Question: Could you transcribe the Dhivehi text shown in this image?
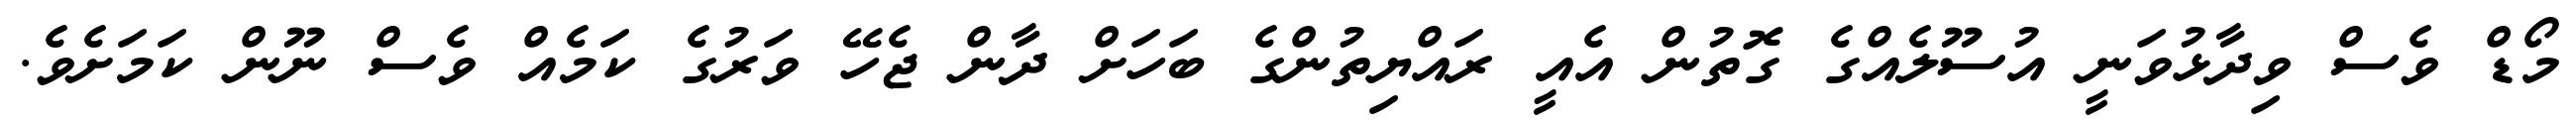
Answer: މޯޑް ވެސް ވިދާޅުވަނީ އުސޫލެއްގެ ގޮތުން އެއީ ރައްޔިތުންގެ ބަހަށް ދާން ޖެހޭ ވަރުގެ ކަމެއް ވެސް ނޫން ކަމަށެވެ.